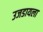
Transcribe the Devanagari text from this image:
उजडायला